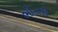
ભીતરી